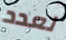
لعدد